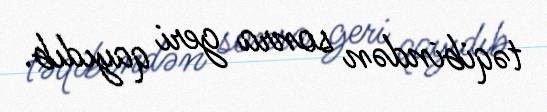
təqibindən sonra geri qayıdıb.